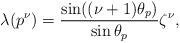
LaTeX: \begin{align*}\lambda(p^\nu)=\dfrac{\sin((\nu+1)\theta_p)}{\sin\theta_p}\zeta^\nu,\end{align*}